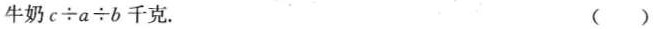
牛奶$$c \div a \div b$$千克. ( )